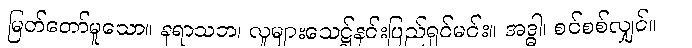
မြတ်တော်မူသော။ နရာသဘ၊ လူများသေဋ္ဌ်နင်းပြည်ရှင်မင်း။ အဒ္ဓါ၊ စင်စစ်လျှင်။